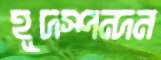
হূদস্পন্দন